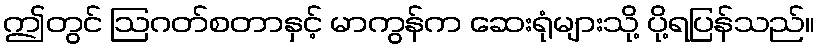
ဤတွင် ဩဂတ်စတာနှင့် မာကွန်က ဆေးရုံများသို့ ပို့ရပြန်သည်။